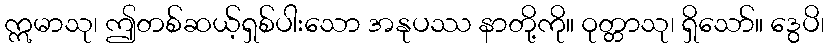
ဣမာသု၊ ဤတစ်ဆယ့်ရှစ်ပါးသော အနုပဿ နာတို့ကို။ ဝုတ္တာသု၊ ရှိသော်။ ဒွေပိ၊